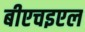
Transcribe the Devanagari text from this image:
बीएचइएल